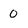
Character: 0